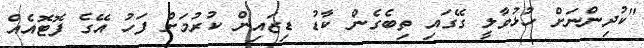
"ކުދިންނަށް ހުޅުވާލީ ގޭގައި ތިބެގެން ކާޑު ޑިޒައިން ކުރުމަށް ފަހު އޭގެ ފޮޓޮއެއް